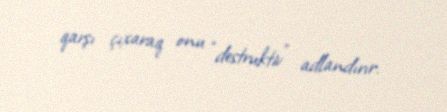
qarşı çıxaraq onu “destruktiv” adlandırır.